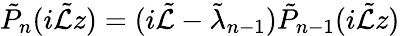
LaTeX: \tilde{P}_{n}(i\tilde{\mathcal{L}}z)=(i\tilde{\mathcal{L}}-\tilde{\lambda}_{n-1})\tilde{P}_{n-1}(i\tilde{\mathcal{L}}z)